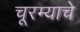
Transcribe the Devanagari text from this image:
चूरम्याचे